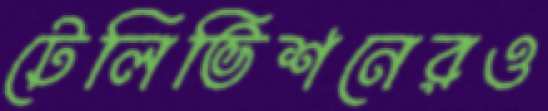
টেলিভিশনেরও